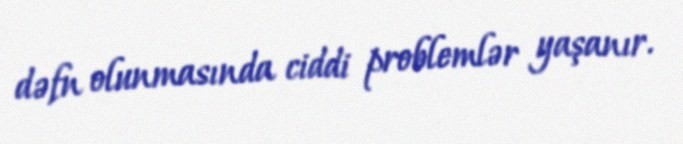
dəfn olunmasında ciddi problemlər yaşanır.